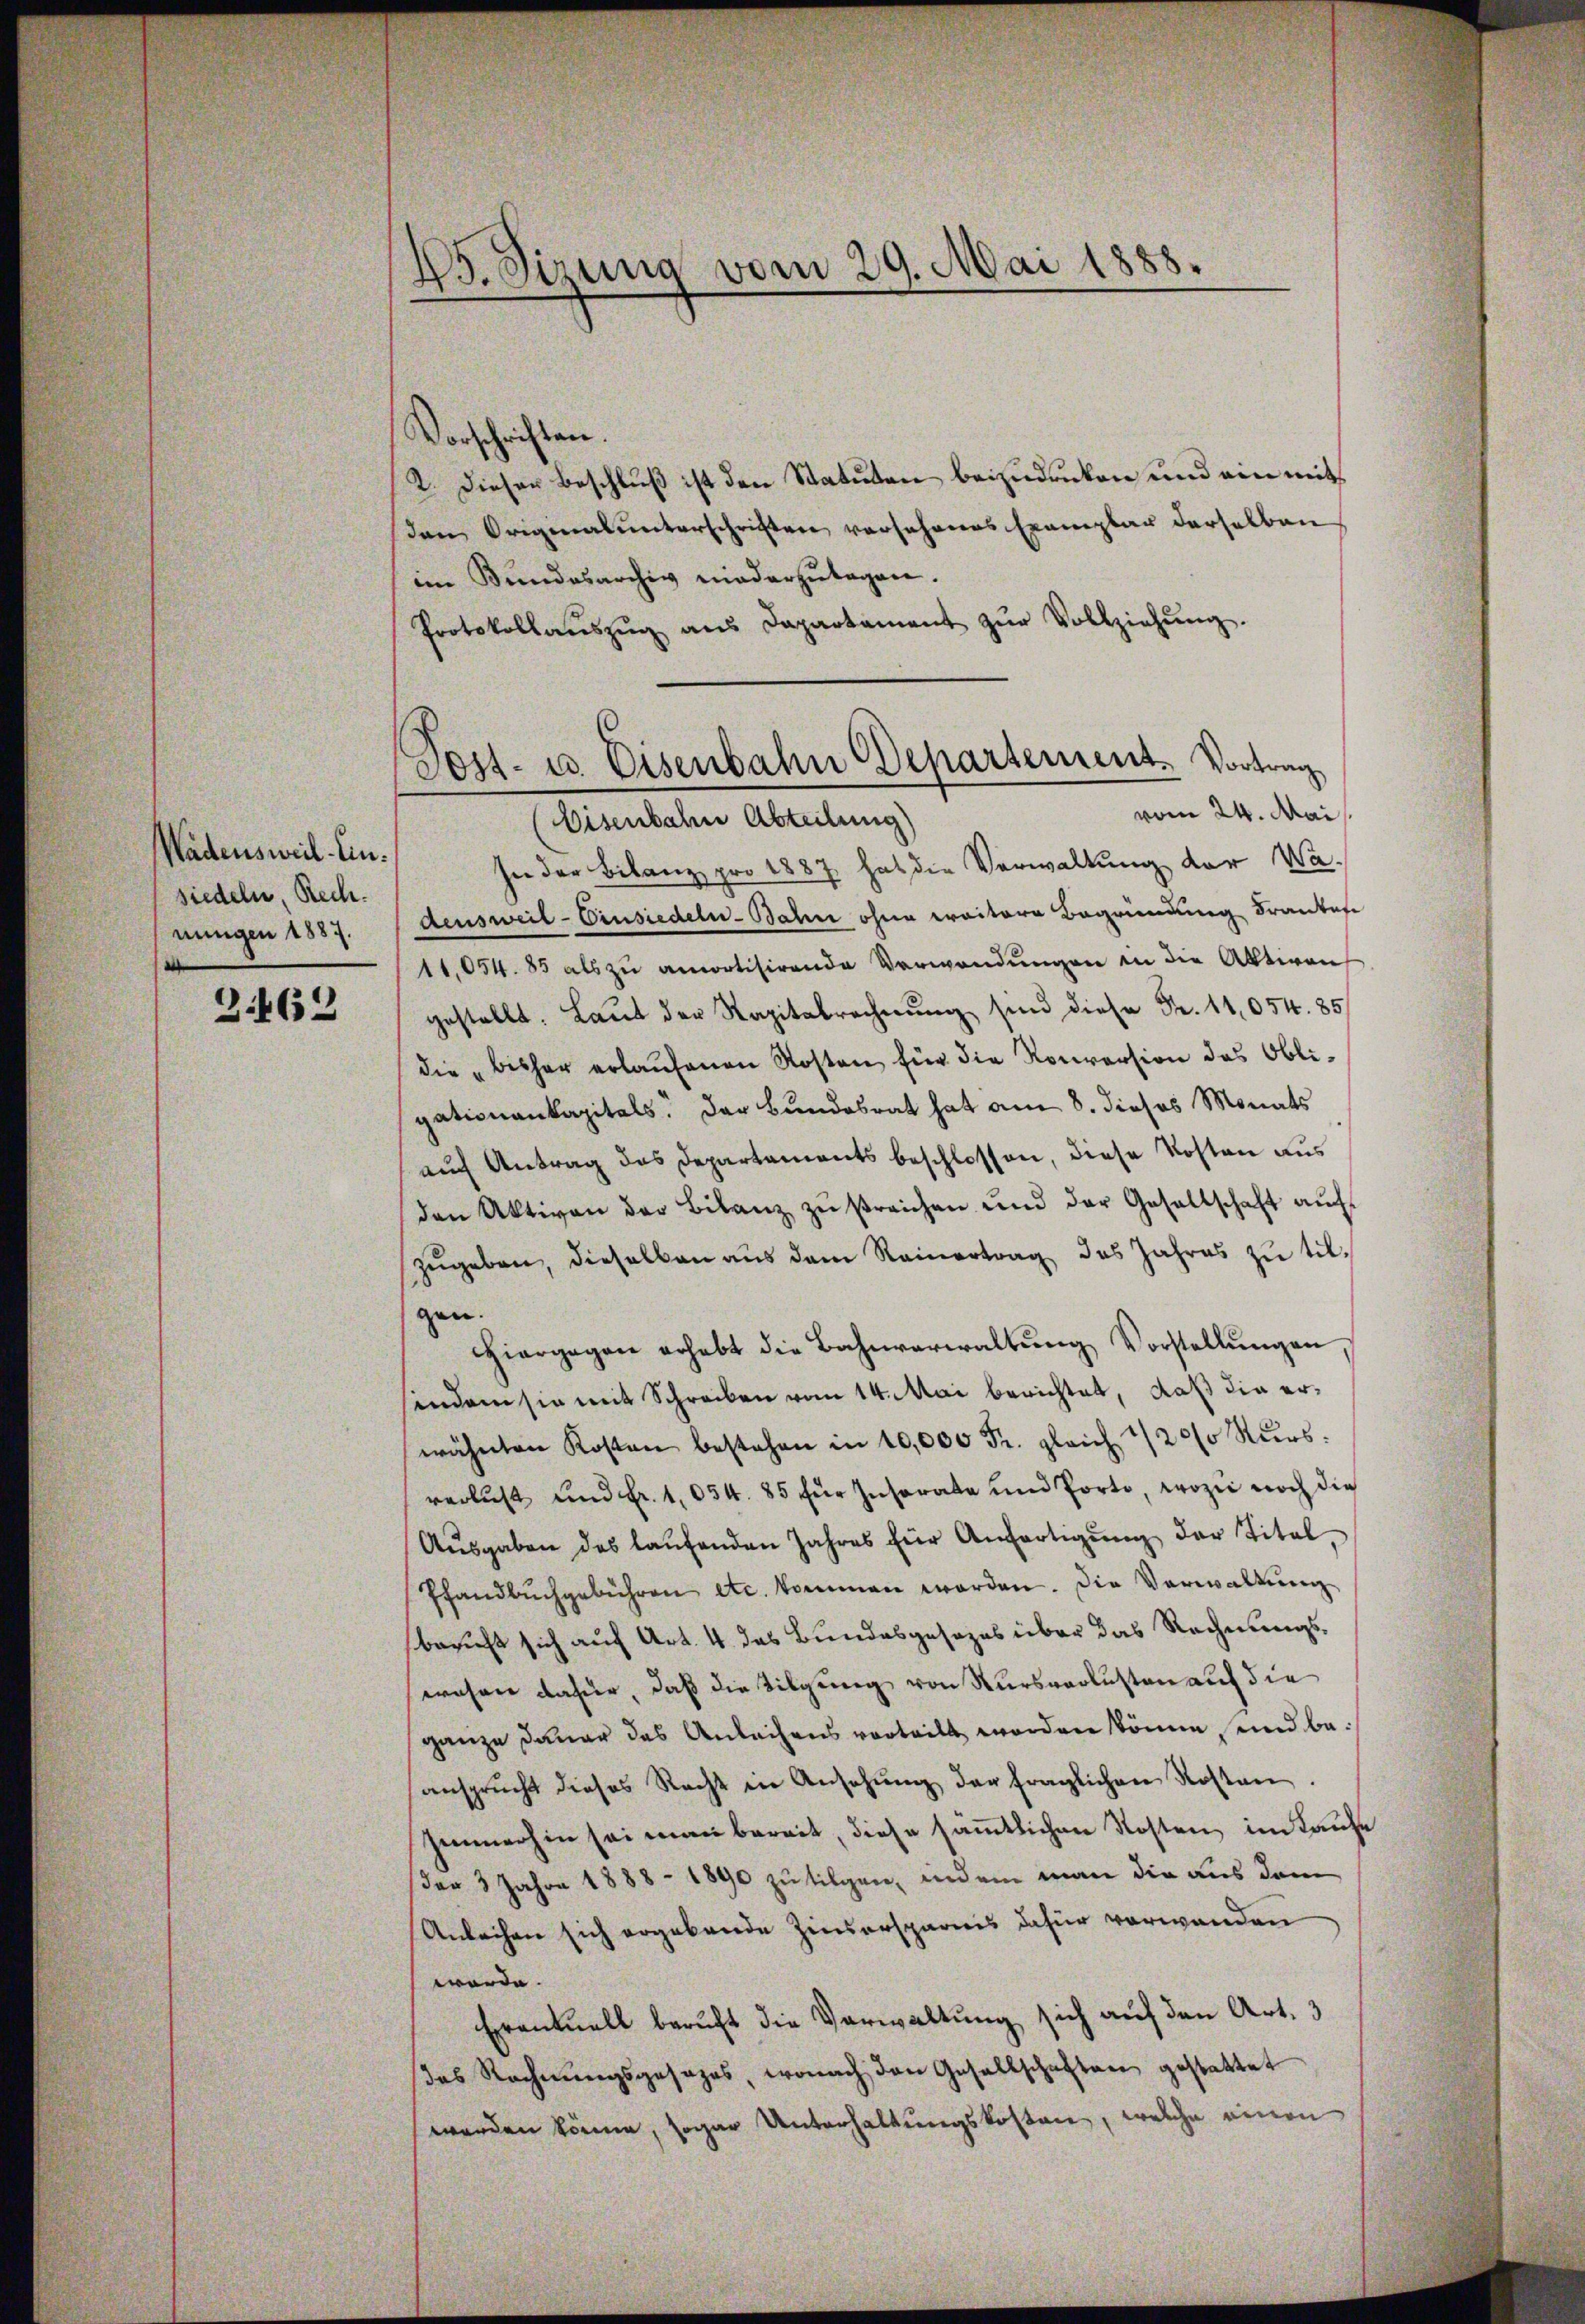
Wadensweil–Einsiedeln, Rech
nungen 1887.

3462

45. Sizung vom 29. Mai 1888.

Post- u. Eisenbahn Departement. Vortrag

Vorschriften.
2. Dieser Beschluß ist den Statuten beizudrücken und ein mit
den Originalunterschriften vorsehenes Exemplar derselben
im Bundesarchiv niederzutagen.
Protokollaŭszŭg ans Departament zŭr Vollziehŭng.
vom 24. Mai
(Eisenbahn Abteilung)
sie der Bilanz, pro 1887 hat die Verwaltung der Wadensweil–Einsiedeln-Bahne ohne weitere Begründung Frankese
11,054. 85 als zŭ amortisirende Verwendŭngen in die Aktiven
gestellt. Laut der Kapitalrechnŭng sind diese Fr. 11,054. 85
die bisher erlaŭfenen Kosten für die Konversion des Obli-
gationenkapitals. Der Bundesrat hat am 8. dieses Monats
auch Antrag des Departements beschlossen, diese Kosten aus
den Aktiven der Bilanz zŭ sreichen und der Gesellschaft aŭf
zugeben, dieselben aus dem Reinertrag des Jahres zu tilgen.
hiergegen erhebt die Bahnverwaltŭng Vorstellŭngen
indem sie mit Schreiben vom 14. Mai berichtet, daß die erwähnten Kosten bestehen in 10,000 Fr. gleich 1/20/0 Kŭrs:
verlust und Fr. 1054. 85 für Insorate und Porto, wozu noch die
Aŭsgaben des laŭfenden Jahres für Anfertigŭng der Titel,
Pfandbuchgebühren etc. kommen worden. Die Verwaltung
beruft sich auf Art. 4 das Bundesgesezes über das Rechnungswohen dafür, daß die Tilgung von Kursverlusten auf die
ganze Dauer das Anleihens vorteilt worden könne, und beansprucht dieses Recht in Ansehŭng der fraglichen Kosten.
Immerhin sei einen bereit, diese sämmtlichen Kosten, im Laufe
(der 3 Jahre 1888 - 1890 zu tilgen, indem man die aus dem
Anleihen sich ergebende Zinsersparnis dafür verwanden
würde.
Eventuell beruht die Verwaltung sich auf den Art. 3
das Rechnŭngsgesages, wonach den Gesellschaften gestattet
werden könne, sogar Unterhaltungskosten, welche einen